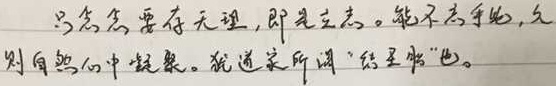
只念念要存天理，即是立志。能不忘乎此，久则自然心中凝聚。犹道家所谓“结圣胎”也。